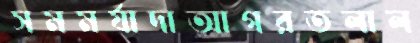
সমমর্যাদাআগরতলাল